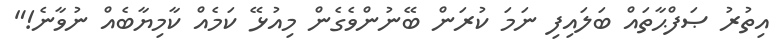
އިތުރު ޞަފްޙާތައް ބަލައިފި ނަމަ ކުރަން ބޭނުންވެގެން މިއުޅޭ ކަމެއް ކާމިޔާބެއް ނުވާނެ!"